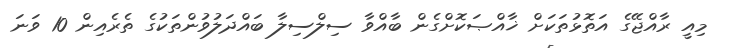
މިއީ ރާއްޖޭގެ އަތޮޅުތަކަށް ޚާއްޞަކޮށްގެން ބާއްވާ ސިލްސިލާ ބައްދަލުވުންތަކުގެ ތެރެއިން 10 ވަނަ